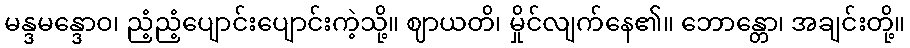
မန္ဒမန္ဒောဝ၊ ညံ့ညံ့ပျောင်းပျောင်းကဲ့သို့။ ဈာယတိ၊ မှိုင်လျက်နေ၏။ ဘောန္တော၊ အချင်းတို့။